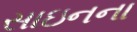
સાઇનના